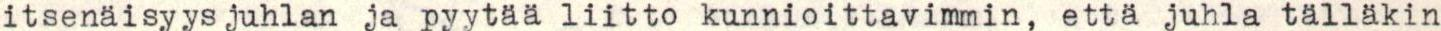
itsenäisyysjuhlan ja pyytää liitto kunnioittavimmin, että juhla tälläkin